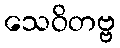
သေဝိတဗ္ဗ